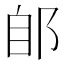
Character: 郋